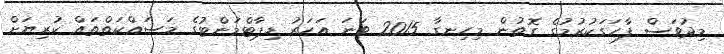
މިދުވަސް ފާހަގަކުރުމުގެ ގޮތުން މިހިނގާ 2015 ވަނަ އަހަރު ޑިޕާޓްމަންޓުގެ މަސައްކަތްތައް ކުރިޔަށް